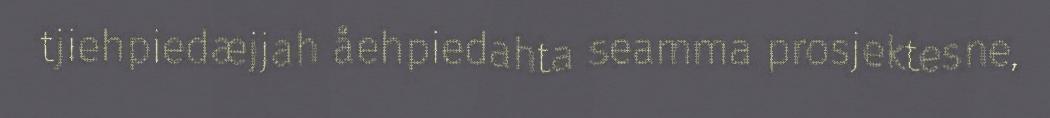
tjiehpiedæjjah åehpiedahta seamma prosjektesne,